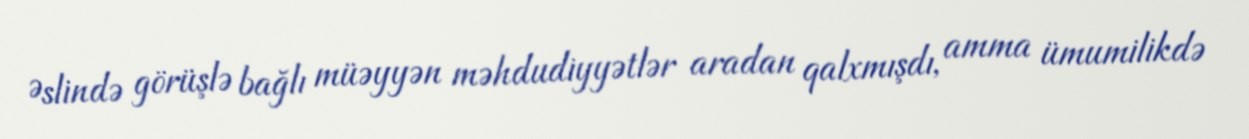
Əslində görüşlə bağlı müəyyən məhdudiyyətlər aradan qalxmışdı, amma ümumilikdə